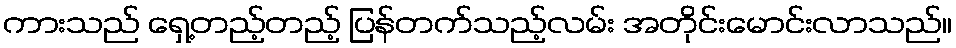
ကားသည် ရှေ့တည့်တည့် ပြန်တက်သည့်လမ်း အတိုင်းမောင်းလာသည်။